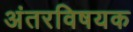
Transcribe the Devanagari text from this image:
अंतरविषयक